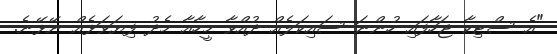
"އެ ސްޓިކާ ޖަހާފައި ހުންނަ ސައިކަލެއް ދުއްވާ މީހާއާ މެދު ފިޔަވަޅެއް ނޭޅޭނެ.